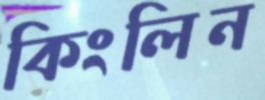
কিংলিন